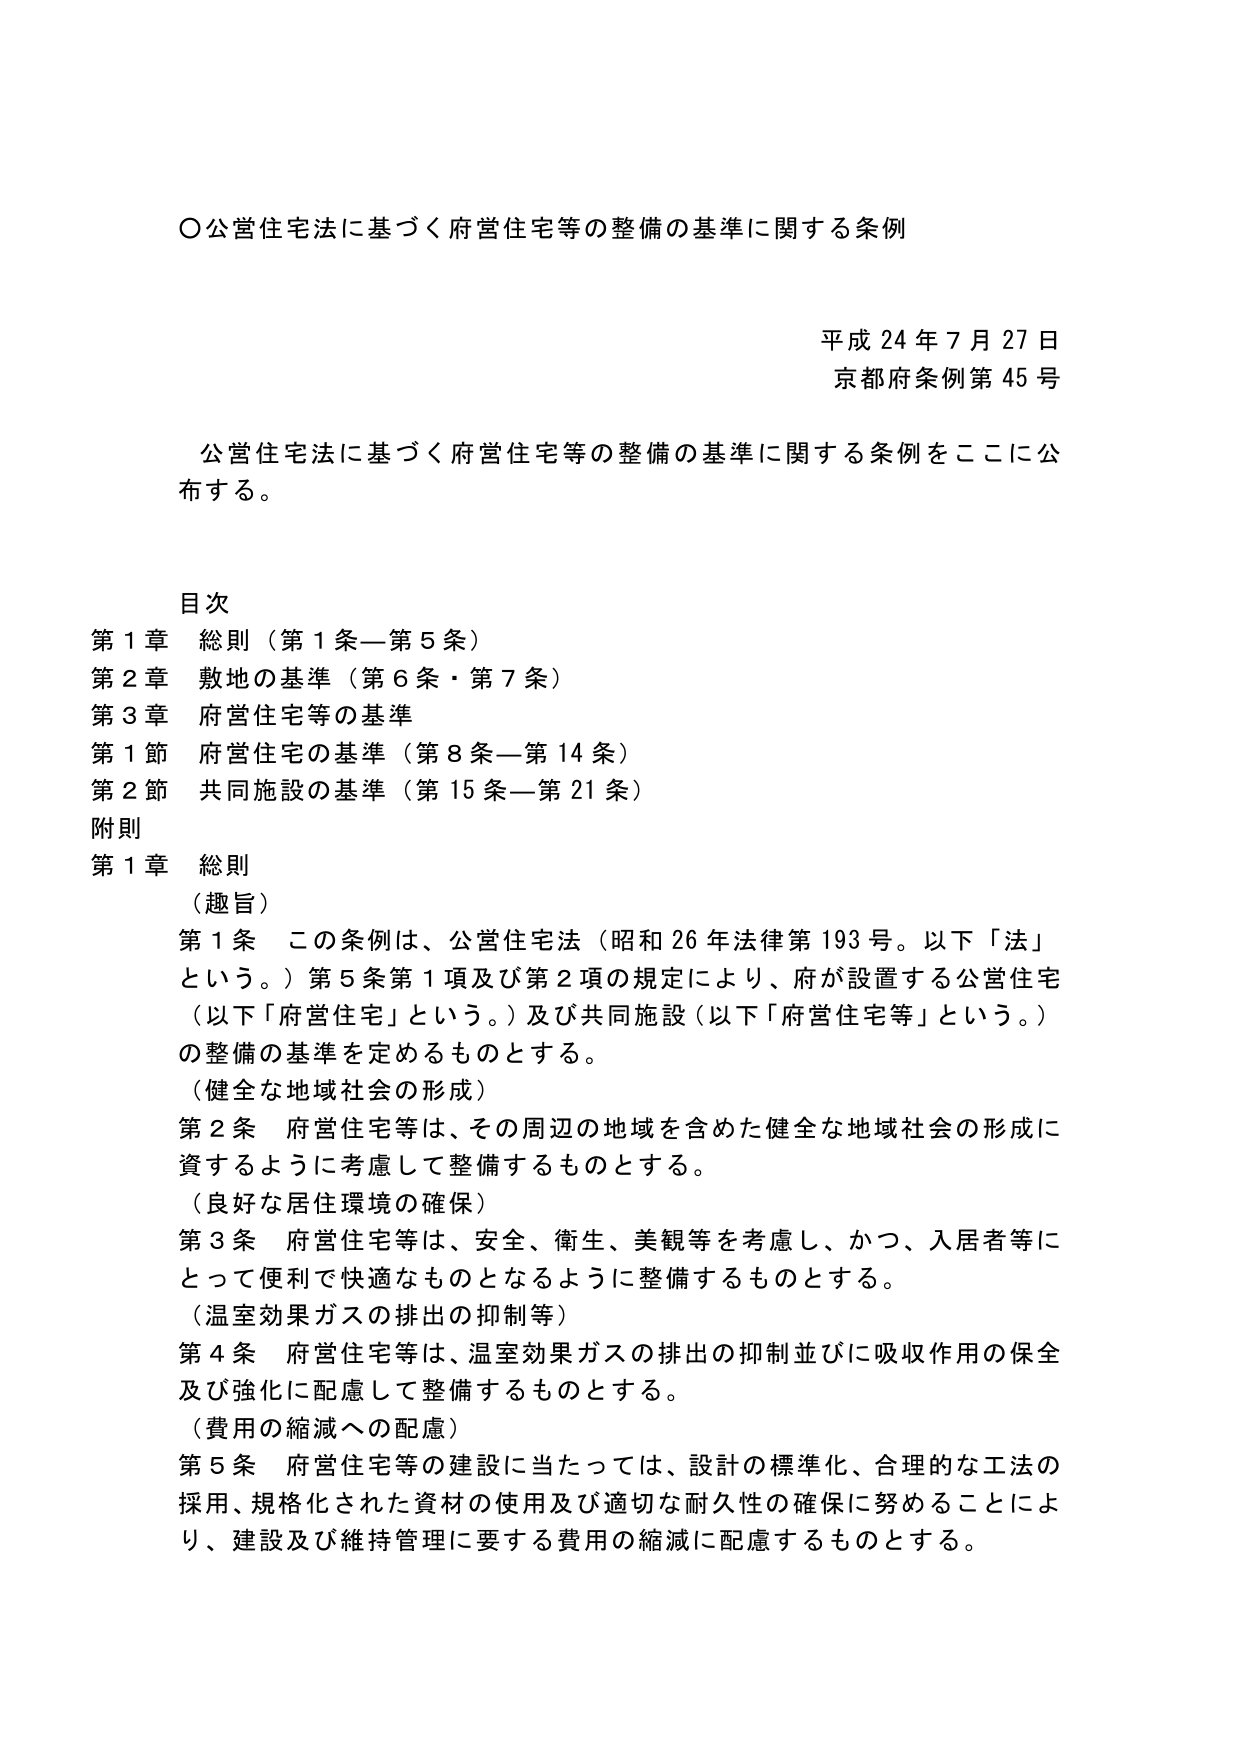
〇公営住宅法に基づく府営住宅等の整備の基準に関する条例

平成24年7月27日
京都府条例第45号

公営住宅法に基づく府営住宅等の整備の基準に関する条例をここに公布する。

目次
第1章 総則（第1条—第5条）
第2章 敷地の基準（第6条・第7条）
第3章 府営住宅等の基準
第1節 府営住宅の基準（第8条—第14条）
第2節 共同施設の基準（第15条—第21条）
附則

第1章 総則
（趣旨）
第1条 この条例は、公営住宅法（昭和26年法律第193号。以下「法」という。）第5条第1項及び第2項の規定により、府が設置する公営住宅（以下「府営住宅」という。）及び共同施設（以下「府営住宅等」という。）の整備の基準を定めるものとする。
（健全な地域社会の形成）
第2条 府営住宅等は、その周辺の地域を含めた健全な地域社会の形成に資するように考慮して整備するものとする。
（良好な居住環境の確保）
第3条 府営住宅等は、安全、衛生、美観等を考慮し、かつ、入居者等にとって便利で快適なものとなるように整備するものとする。
（温室効果ガスの排出の抑制等）
第4条 府営住宅等は、温室効果ガスの排出の抑制並びに吸収作用の保全及び強化に配慮して整備するものとする。
（費用の縮減への配慮）
第5条 府営住宅等の建設に当たっては、設計の標準化、合理的な工法の採用、規格化された資材の使用及び適切な耐久性の確保に努めることにより、建設及び維持管理に要する費用の縮減に配慮するものとする。